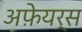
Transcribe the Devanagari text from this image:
अफ़ेयर्स